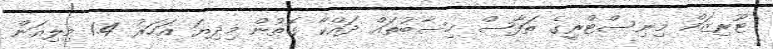
ޓޫރިޒަމް މިނިސްޓްރީގެ ތަަފާސް ހިސާބުތައް ދައްކާ ގޮތުން މިދިޔަ އަހަރު 1.4 މިލިއަން